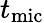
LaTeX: t_{\mathrm{mic}}